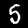
Digit: 5